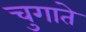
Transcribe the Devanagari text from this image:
चुगाते